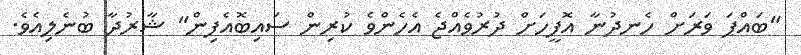
"ބައްޕަ ވަރަށް ހެނދުނާ އޮފީހަށް ދުރުވެއްޖެ އެހެންވެ ކުރިން ސައިބޮއެފިން" ޝާރުދާ ބުނެލިއެވެ.